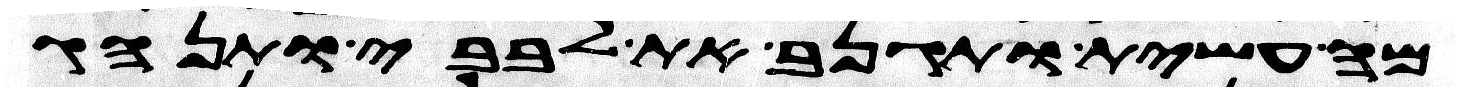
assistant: מה עשית ותגנב את לבבי ותנהג